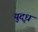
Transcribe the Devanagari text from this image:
युदृध